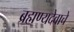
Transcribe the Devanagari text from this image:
ब्रह्मण्यदेवाचे